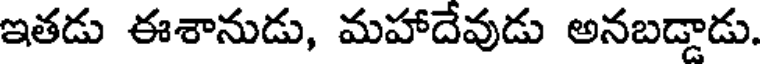
ఇతడు ఈశానుడు, మహాదేవుడు అనబడ్డాడు.